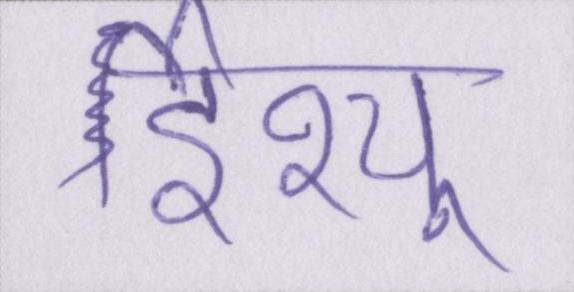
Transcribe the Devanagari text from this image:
ईश्यु